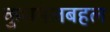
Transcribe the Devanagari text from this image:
कुशमेलबहल